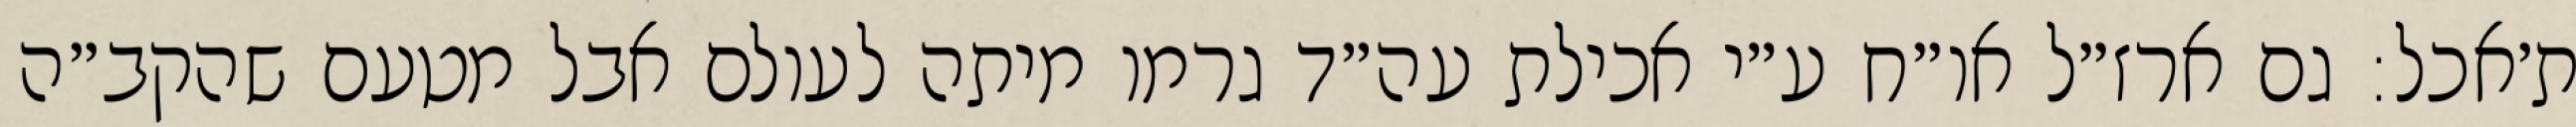
ת׳אכל: גם ארז״ל או״ח ע״י אכילת עה״ד גרמו מיתה לעולם אבל מטעם שהקב״ה